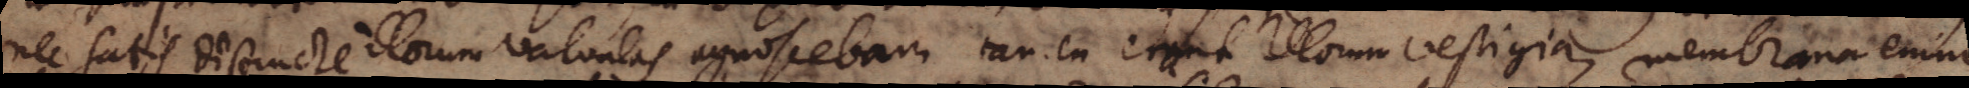
nec satis distincte illorum valvulas agnoscebam, tamen erant illarum vestigia, membrana enim